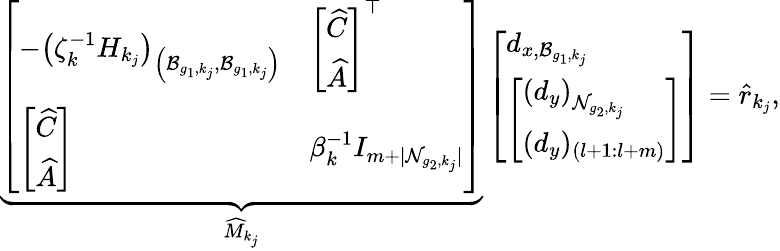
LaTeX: \underbrace{\left[\begin{array}{ll}{-\left(\zeta_{k}^{-1}H_{k_{j}}\right)_{\left(\mathcal{B}_{g_{1},k_{j}},\mathcal{B}_{g_{1},k_{j}}\right)}}&{\left[\begin{array}{l}{\widehat{C}}\\ {\widehat{A}}\end{array}\right]^{\top}}\\ {\left[\begin{array}{l}{\widehat{C}}\\ {\widehat{A}}\end{array}\right]}&{\beta_{k}^{-1}I_{m+\lvert\mathcal{N}_{g_{2},k_{j}}\rvert}}\end{array}\right]}_{\widehat{M}_{k_{j}}}\left[\begin{array}{l}{d_{x,\mathcal{B}_{g_{1},k_{j}}}}\\ {\left[\begin{array}{l}{\left(d_{y}\right)_{\mathcal{N}_{g_{2},k_{j}}}}\\ {(d_{y})_{(l+1:l+m)}}\end{array}\right]}\end{array}\right]=\widehat{r}_{k_{j}},